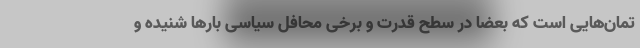
تمان‌هایی است که بعضا در سطح قدرت و برخی محافل سیاسی بارها شنیده و